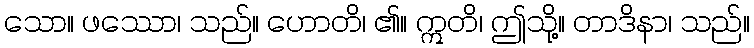
သော။ ဖဿော၊ သည်။ ဟောတိ၊ ၏။ ဣတိ၊ ဤသို့။ တာဒိနာ၊ သည်။